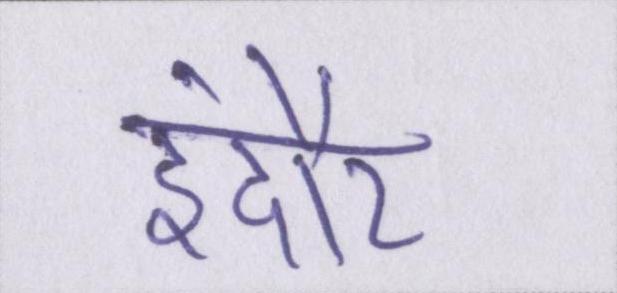
इंदौर